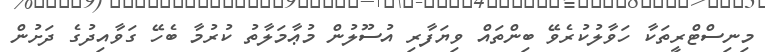
މިނިސްޓްރީތަކާ ހަވާލުކުރެވޭ ބިންތައް ވިޔަފާރި އުސޫލުން މުޢާމަލާތު ކުރުމާ ބެހޭ ގަވާއިދުގެ ދަށުން